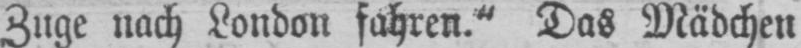
Zuge nach London fahren.“ Das Mädchen